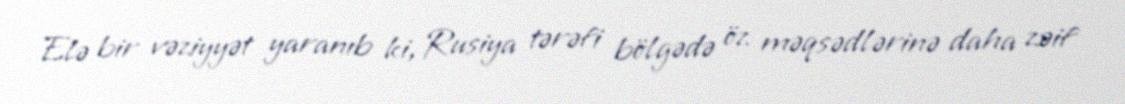
Elə bir vəziyyət yaranıb ki, Rusiya tərəfi bölgədə öz məqsədlərinə daha zəif